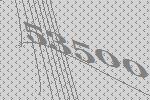
53500